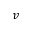
v